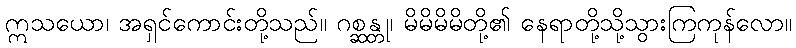
ဣသယော၊ အရှင်ကောင်းတို့သည်။ ဂစ္ဆန္တု၊ မိမိမိမိတို့၏ နေရာတို့သို့သွားကြကုန်လော။